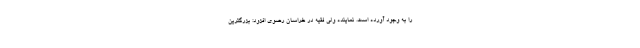
را به وجود آورده است. نماینده ولی فقیه در خراسان رضوی افزود: بزرگترین